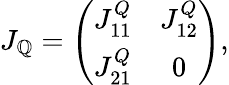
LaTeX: J_{\mathbb{Q}}=\left(\begin{array}{cc}{J_{11}^{Q}}&{J_{12}^{Q}}\\ {J_{21}^{Q}}&{0}\end{array}\right),